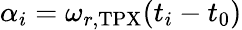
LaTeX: \alpha_{i}=\omega_{r,\mathrm{TPX}}(t_{i}-t_{0})